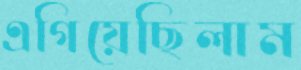
এগিয়েছিলাম